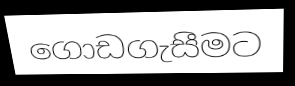
ගොඩගැසීමට